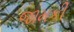
જામકી